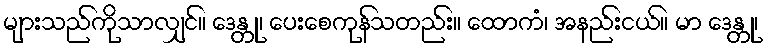
များသည်ကိုသာလျှင်။ ဒေန္တု၊ ပေးစေကုန်သတည်း။ ထောကံ၊ အနည်းငယ်။ မာ ဒေန္တု၊